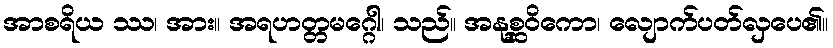
အာစရိယ ဿ၊ အား။ အရဟတ္တမဂ္ဂေါ၊ သည်။ အနုစ္ဆဝိကော၊ လျောက်ပတ်လှပေ၏။